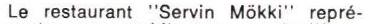
Le restaurant "Servin Mökki" repré-